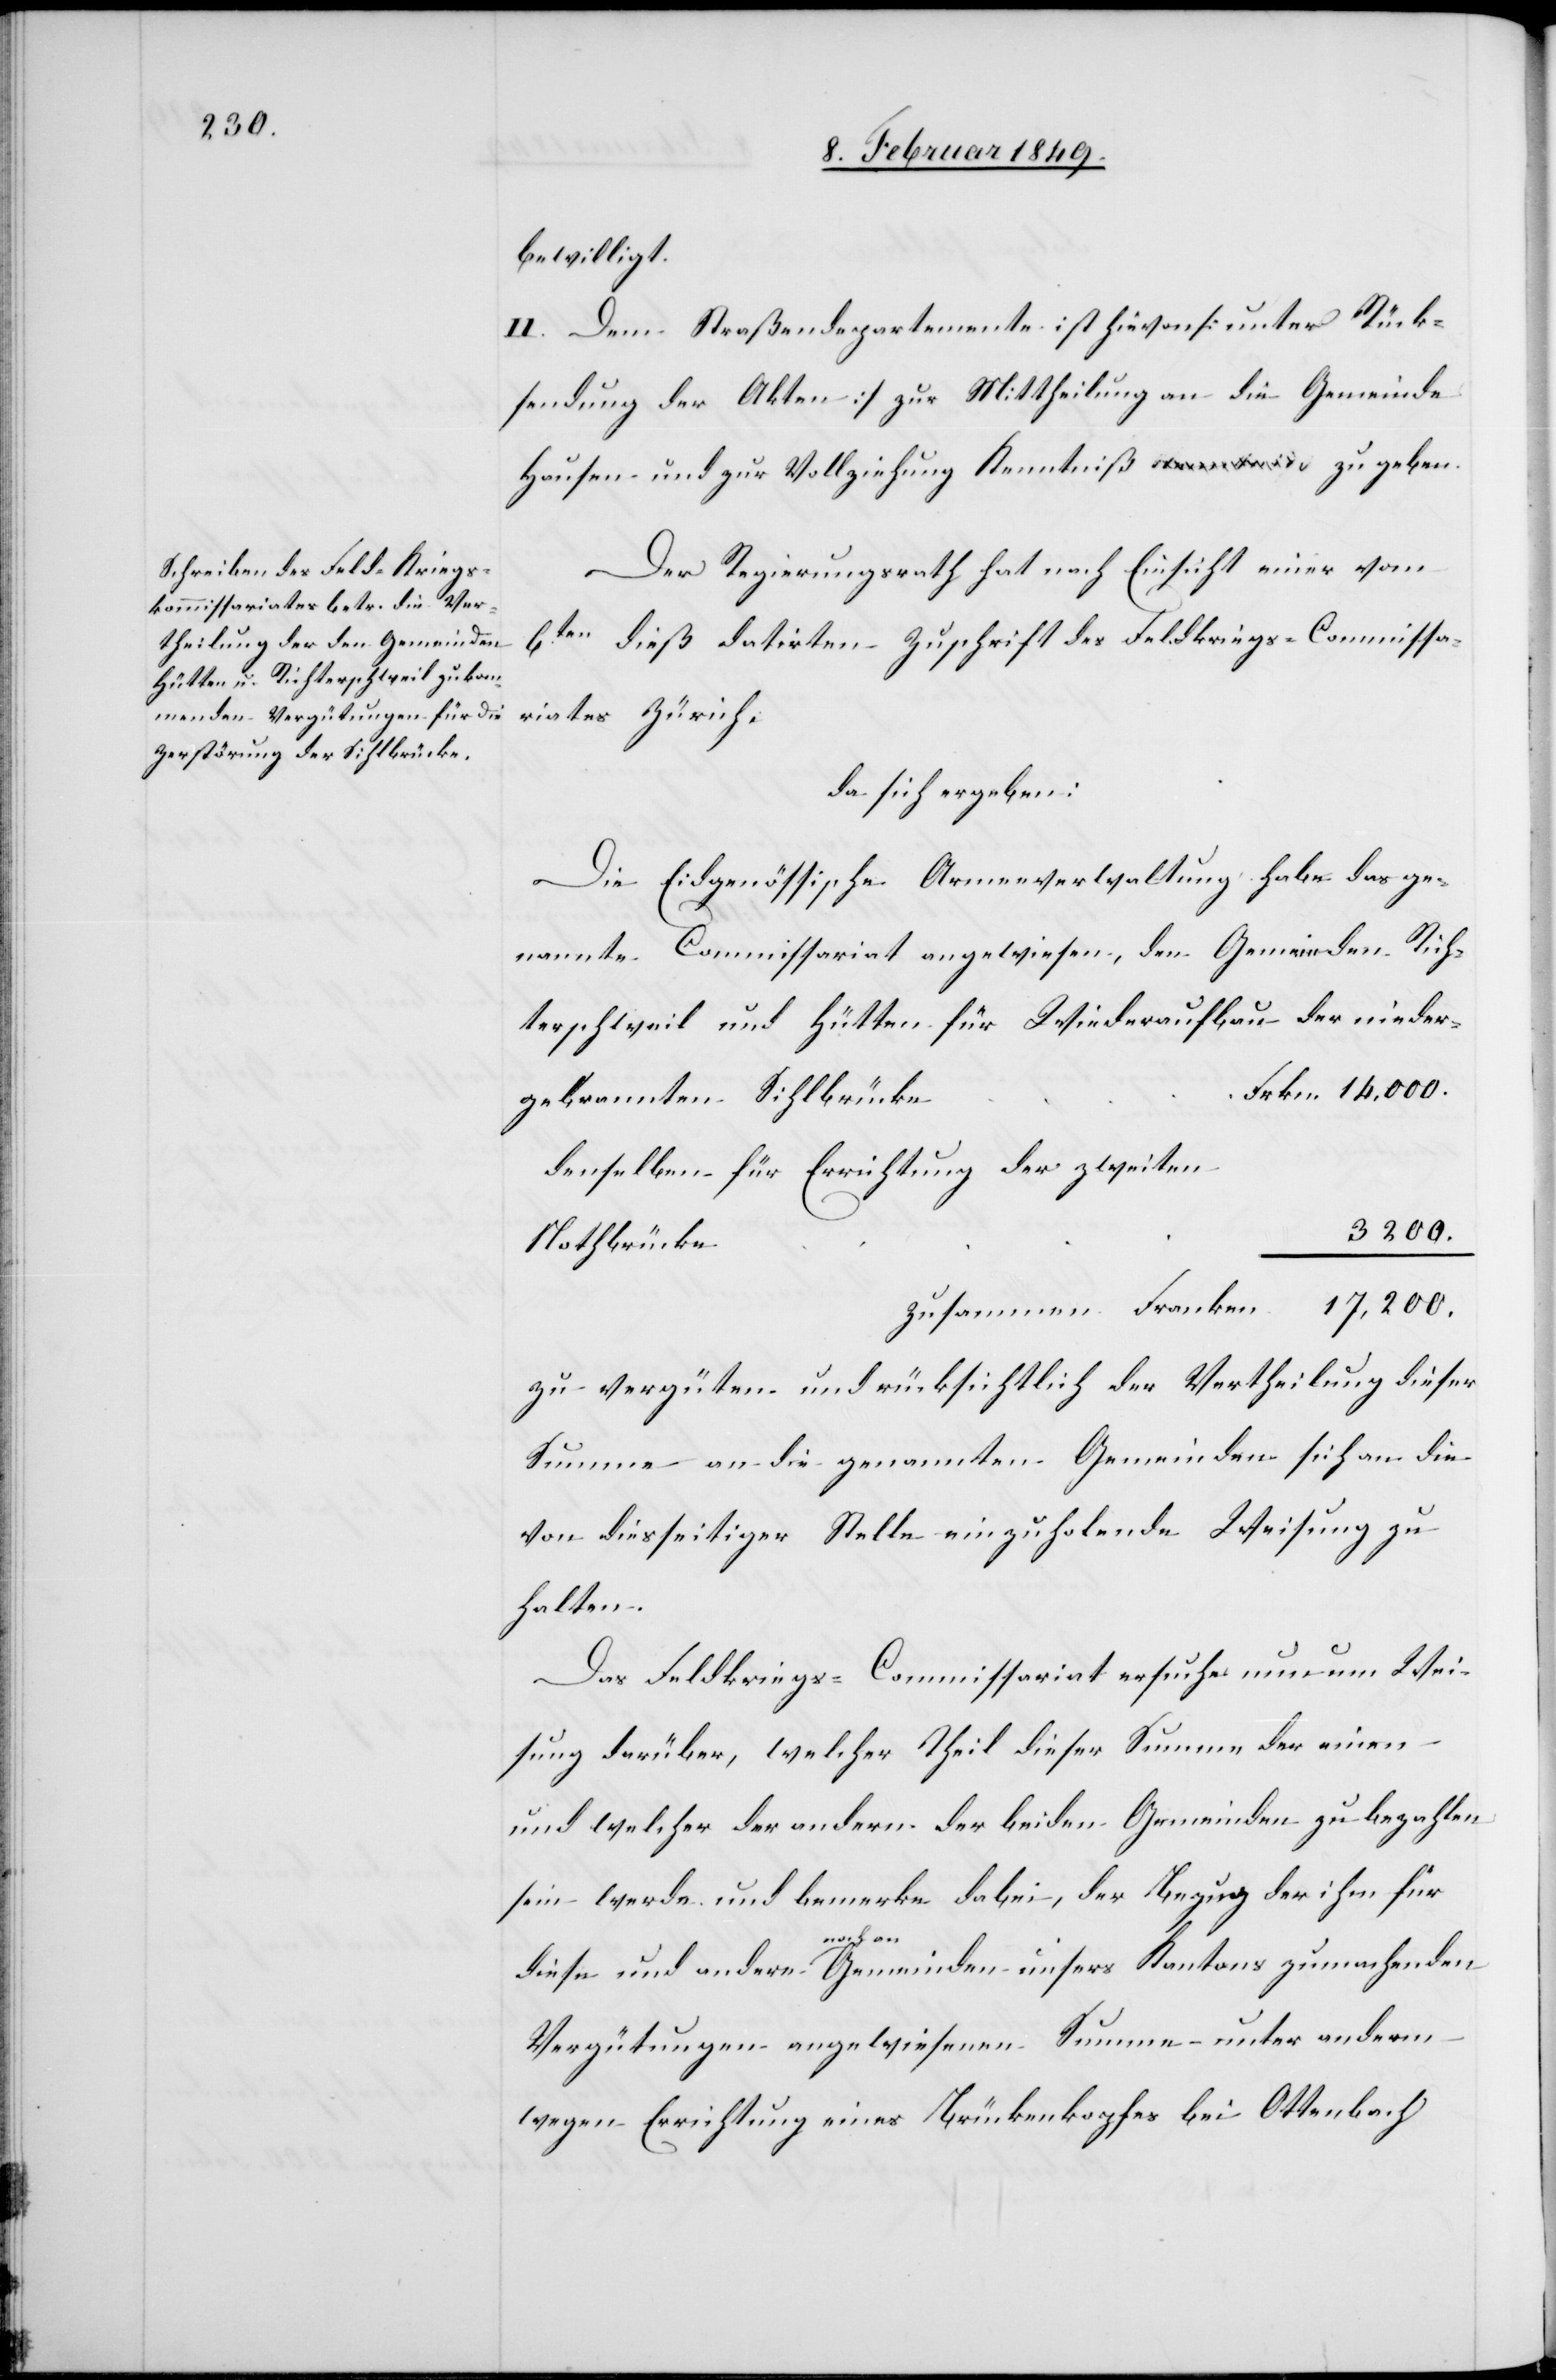
bewilligt.
II. Dem Straßendepartemente ist hievon [unter Rück¬
sendung der Akten] zur Mittheilung an die Gemeinde
Hausen und zur Vollziehung Kenntniß zu geben.
Der Regierungsrath hat nach Einsicht einer vom
6ten dieß datirten Zuschrift des Feldkriegs-Commissa¬
riates Zürich.
da sich ergeben:
Die Eidgenössische Armenverwaltung habe das ge¬
nannte Commissariat angewiesen, den Gemeinden Rich¬
terschweil und Hütten für Wiederaufbau der nieder¬
denselben für Errichtung der zweiten
3200.
gebrannten
zusammen Franken 17,200.
zu vergüten und rücksichtlich der Vertheilung dieser
Summe an die genannten Gemeinden sich an die
von diesseitiger Stelle einzuholende Weisung zu
halten.
Das Feldkriegs-Commissariat ersuche nun um Wei¬
sung darüber, welcher Theil dieser Summe der einen
und welcher der andern der beiden Gemeinden zu bezahlen
sein werde und bemerke dabei, der Bezug der ihm für
diese und andere noch an Gemeinden unsers Kantons zu machenden
Vergütungen angewiesenen Summe – unter anderm
wegen Errichtung eines Brückenkopfes bei Ottenbach